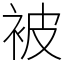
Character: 被